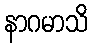
နာဂမာသိ